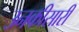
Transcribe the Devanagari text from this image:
उनकीसारी